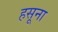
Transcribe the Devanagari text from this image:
हसूना